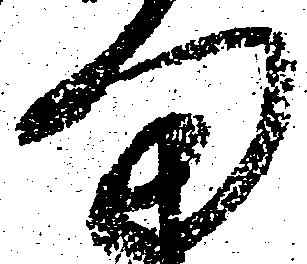
ま